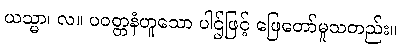
ယသ္မာ၊ လ။ ပဝတ္တနံဟူသော ပါဌ်ဖြင့် ဖြေတော်မူသတည်း။